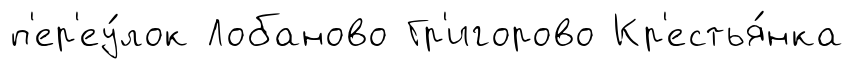
п'ер'еу́лок Лобаново Гр'игорово Кр'естья́нка